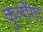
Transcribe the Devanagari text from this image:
कुलोंगा